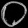
Digit: ၀